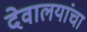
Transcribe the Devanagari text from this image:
देवालयांचा